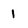
Character: 1